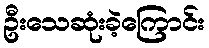
ဦးသေဆုံးခဲ့ကြောင်း